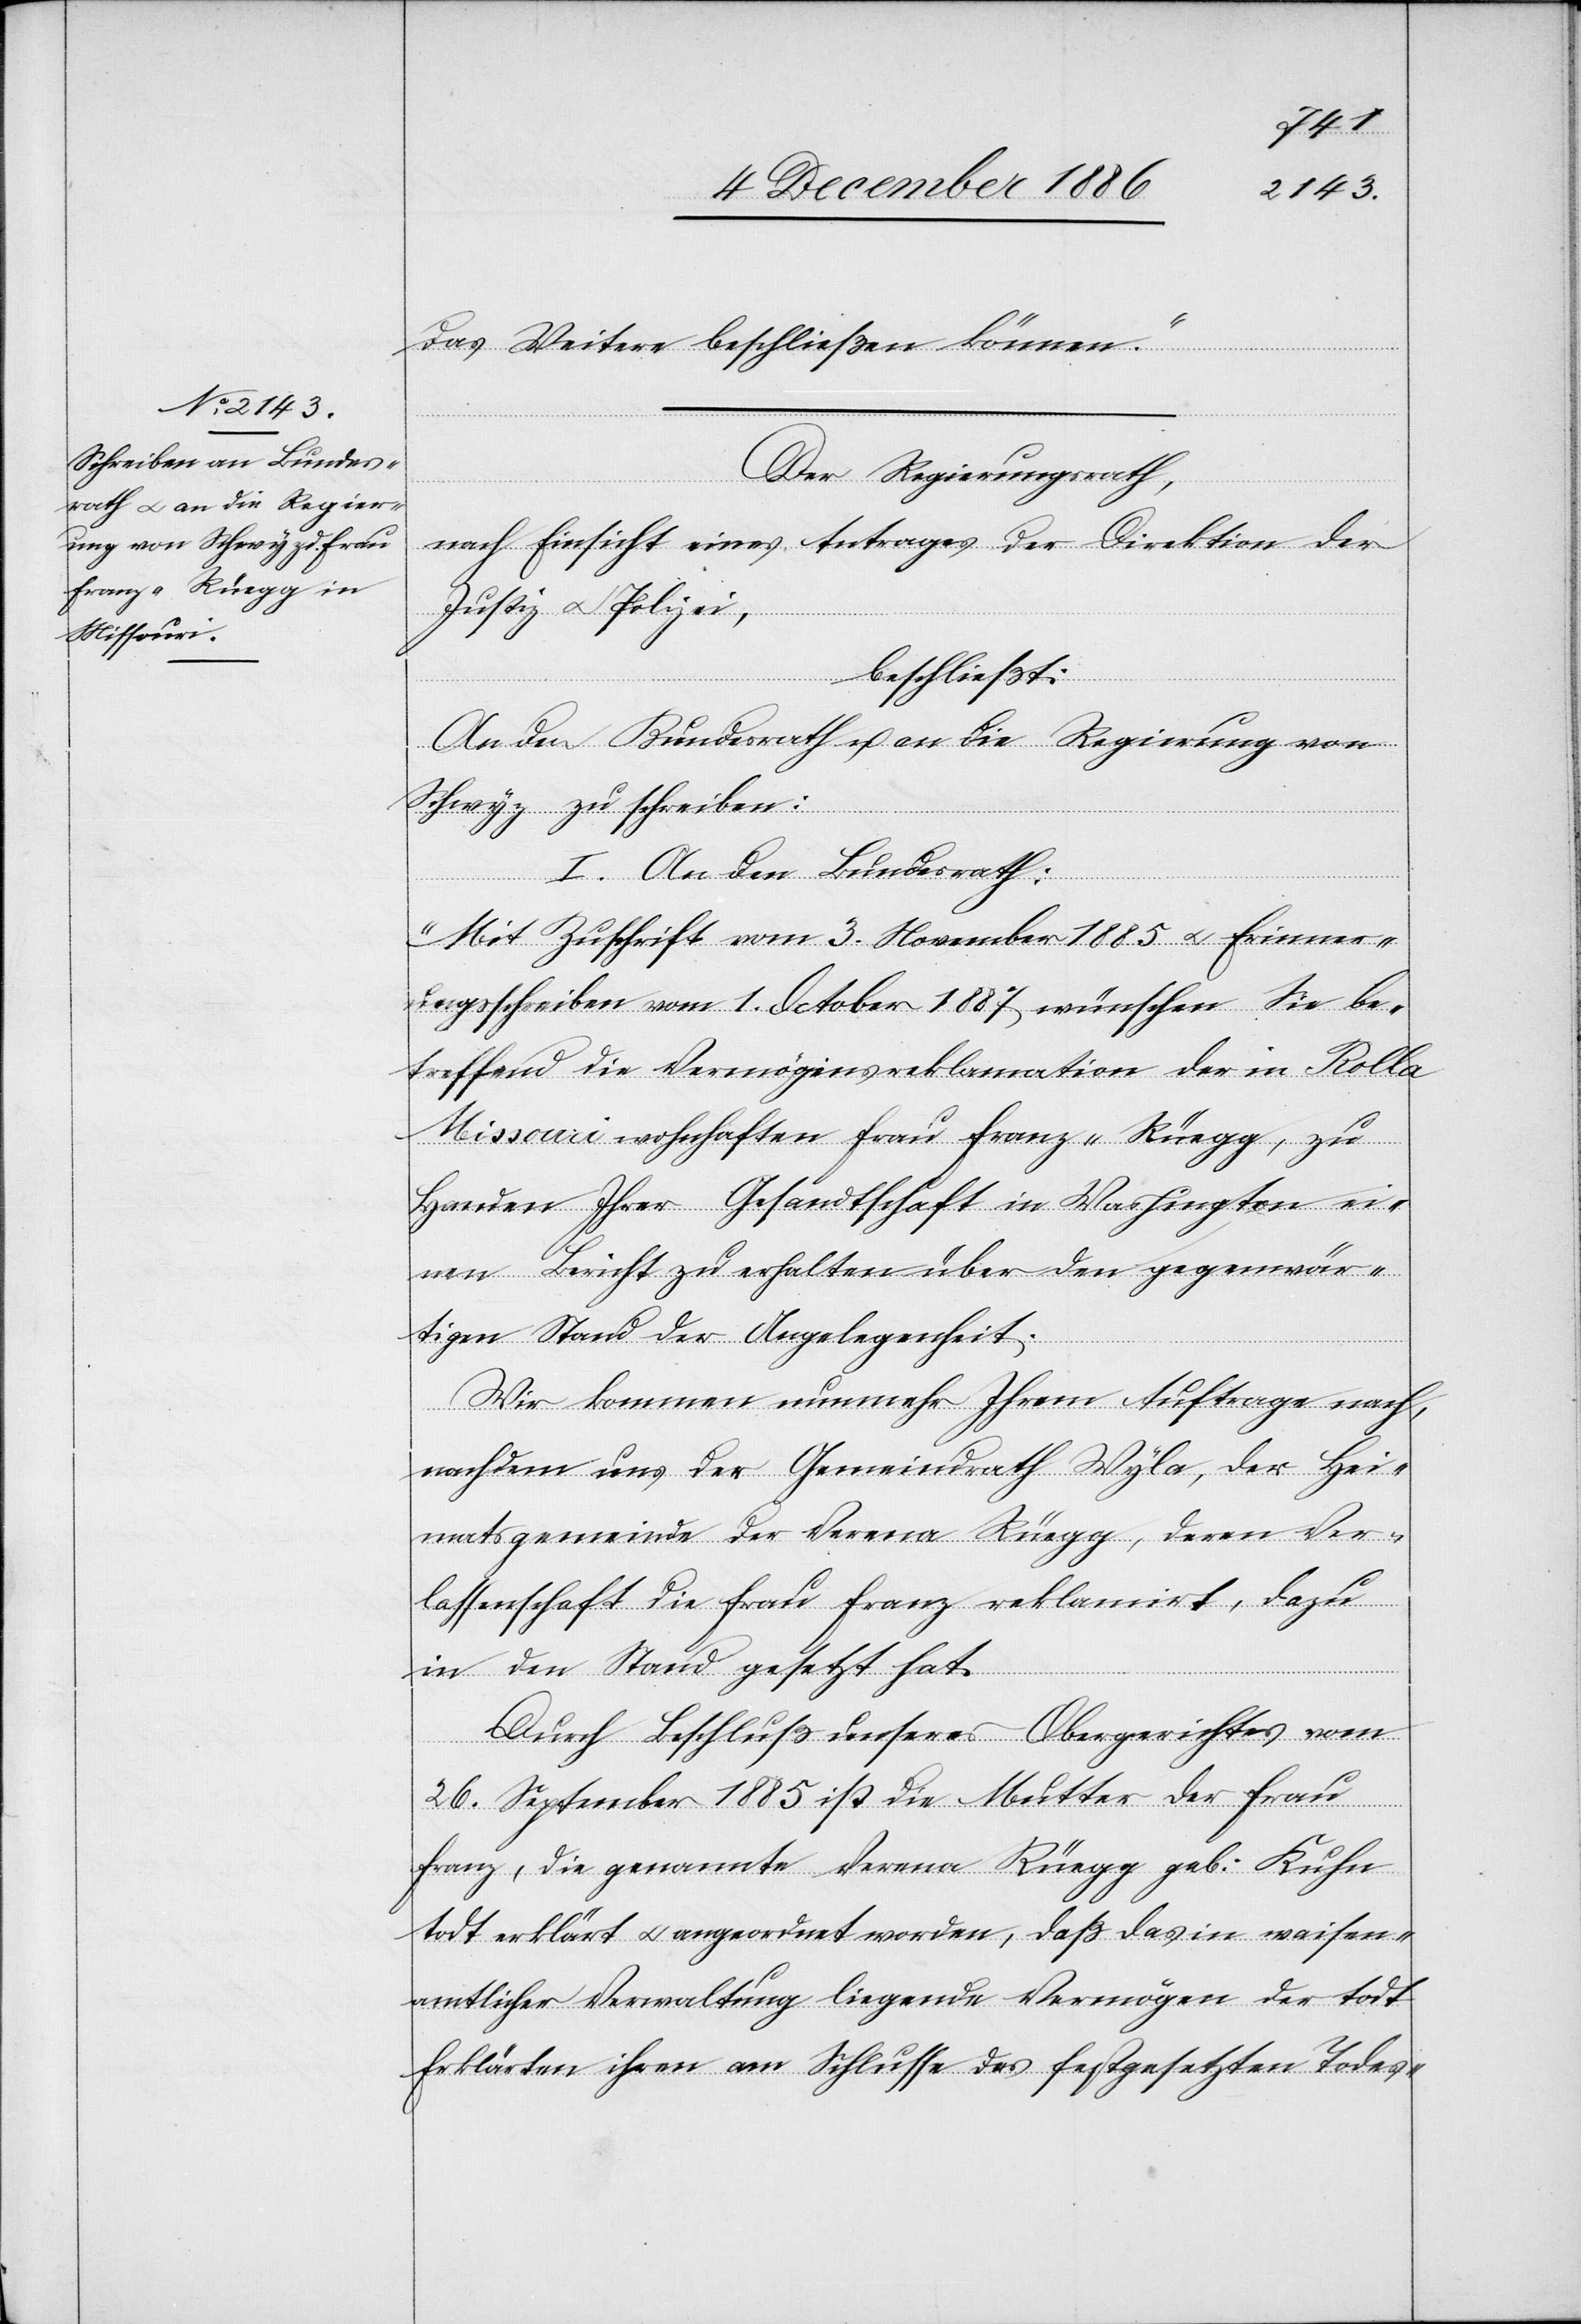
das Weitere beschließen können.“
Der Regierungsrath,
nach Einsicht eines Antrages der Direktion der
Justiz & Polizei,
beschließt:
An den Bundesrath u. an die Regierung von
Schwyz zu schreiben:
I. An den Bundesrath:
„Mit Zuschrift vom 3. November 1885 & Erinner¬
ungsschreiben vom 1. October 1887 wünschen Sie be¬
treffend die Vermögensreklamation der in Rolla
Missouri wohnhaften Frau Franz-Rüegg, zu
Handen Ihrer Gesandtschaft in Washington ei¬
nen Bericht zu erhalten über den gegenwär¬
tigen Stand der Angelegenheit.
Wir kommen nunmehr Ihrem Auftrage nach,
nachdem uns der Gemeindrath Wyla, der Hei¬
matsgemeinde der Verena Rüegg, deren Ver¬
lassenschaft die Frau Franz reklamirt, dazu
in den Stand gesetzt hat.
Durch Beschluß unseres Obergerichtes vom
26. September 1885 ist die Mutter der Frau
Franz, die genannte Verena Rüegg geb. Kuhn
todt erklärt & angeordnet worden, daß das in waisen¬
amtlicher Verwaltung liegende Vermögen der todt
Erklärten ihren am Schlusse des festgesetzten Todes-